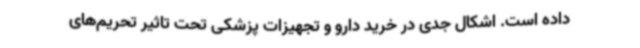
داده است. اشکال جدی در خرید دارو و تجهیزات پزشکی تحت تاثیر تحریم‌های